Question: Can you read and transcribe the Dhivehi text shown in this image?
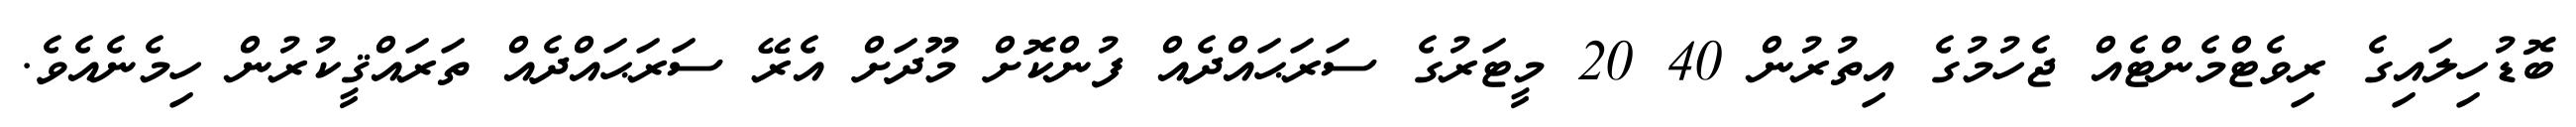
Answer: ބޮޑުހިލައިގެ ރިވެޓްމެންޓެއް ޖެހުމުގެ އިތުރުން 40 20 މީޓަރުގެ ސަރަޙައްދެއް ފުންކޮށް މޫދަށް އެރޭ ސަރަޙައްދެއް ތަރައްޤީކުރުން ހިމެނެއެވެ.